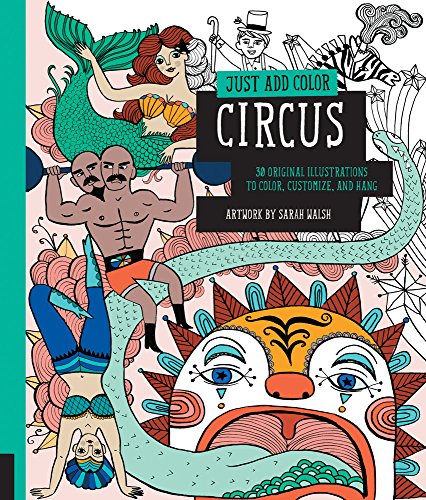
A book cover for Just Add Color: Circus: 30 Original Illustrations To Color, Customize, and Hang; Sarah Walsh; Arts & Photography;